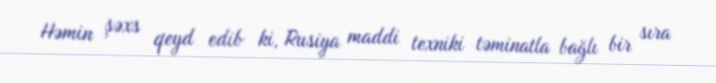
Həmin şəxs qeyd edib ki, Rusiya maddi texniki təminatla bağlı bir sıra